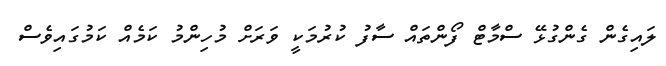
ލައިގެން ގެންގުޅޭ ސްމާޓް ފޯންތައް ސާާފު ކުރުމަކީ ވަރަށް މުހިންމު ކަމެއް ކަމުގައިވެސް